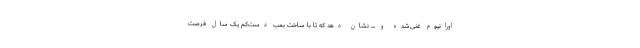
اورانیوم غنی‌شده و .... نشان دهد که تا با ساخت بمب دست‌کم یک سال فرصت